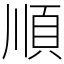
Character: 順